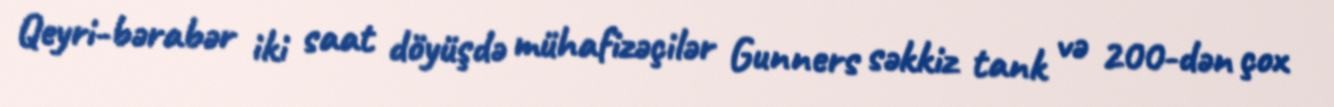
Qeyri-bərabər iki saat döyüşdə mühafizəçilər Gunners səkkiz tank və 200-dən çox